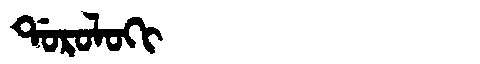
Manchu: ᡩᠣᡵᠣᠯᠣᡴᡳ
Romanization: DOROLOKI